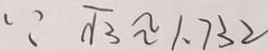
\because \sqrt { 3 } \approx 1 \cdot 7 3 2